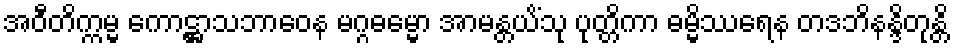
အဝီတိက္ကမ္မ ကောဋ္ဌာသဘာဝေန မဂ္ဂဓမ္မော အာမန္တယိံသု ပုတ္တိကာ ဓမ္မိဿရေန တဒဘိနန္ဒိတုန္တိ